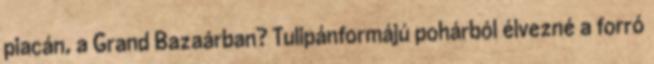
piacán, a Grand Bazaárban? Tulipánformájú pohárból élvezné a forró